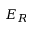
E _ { R }